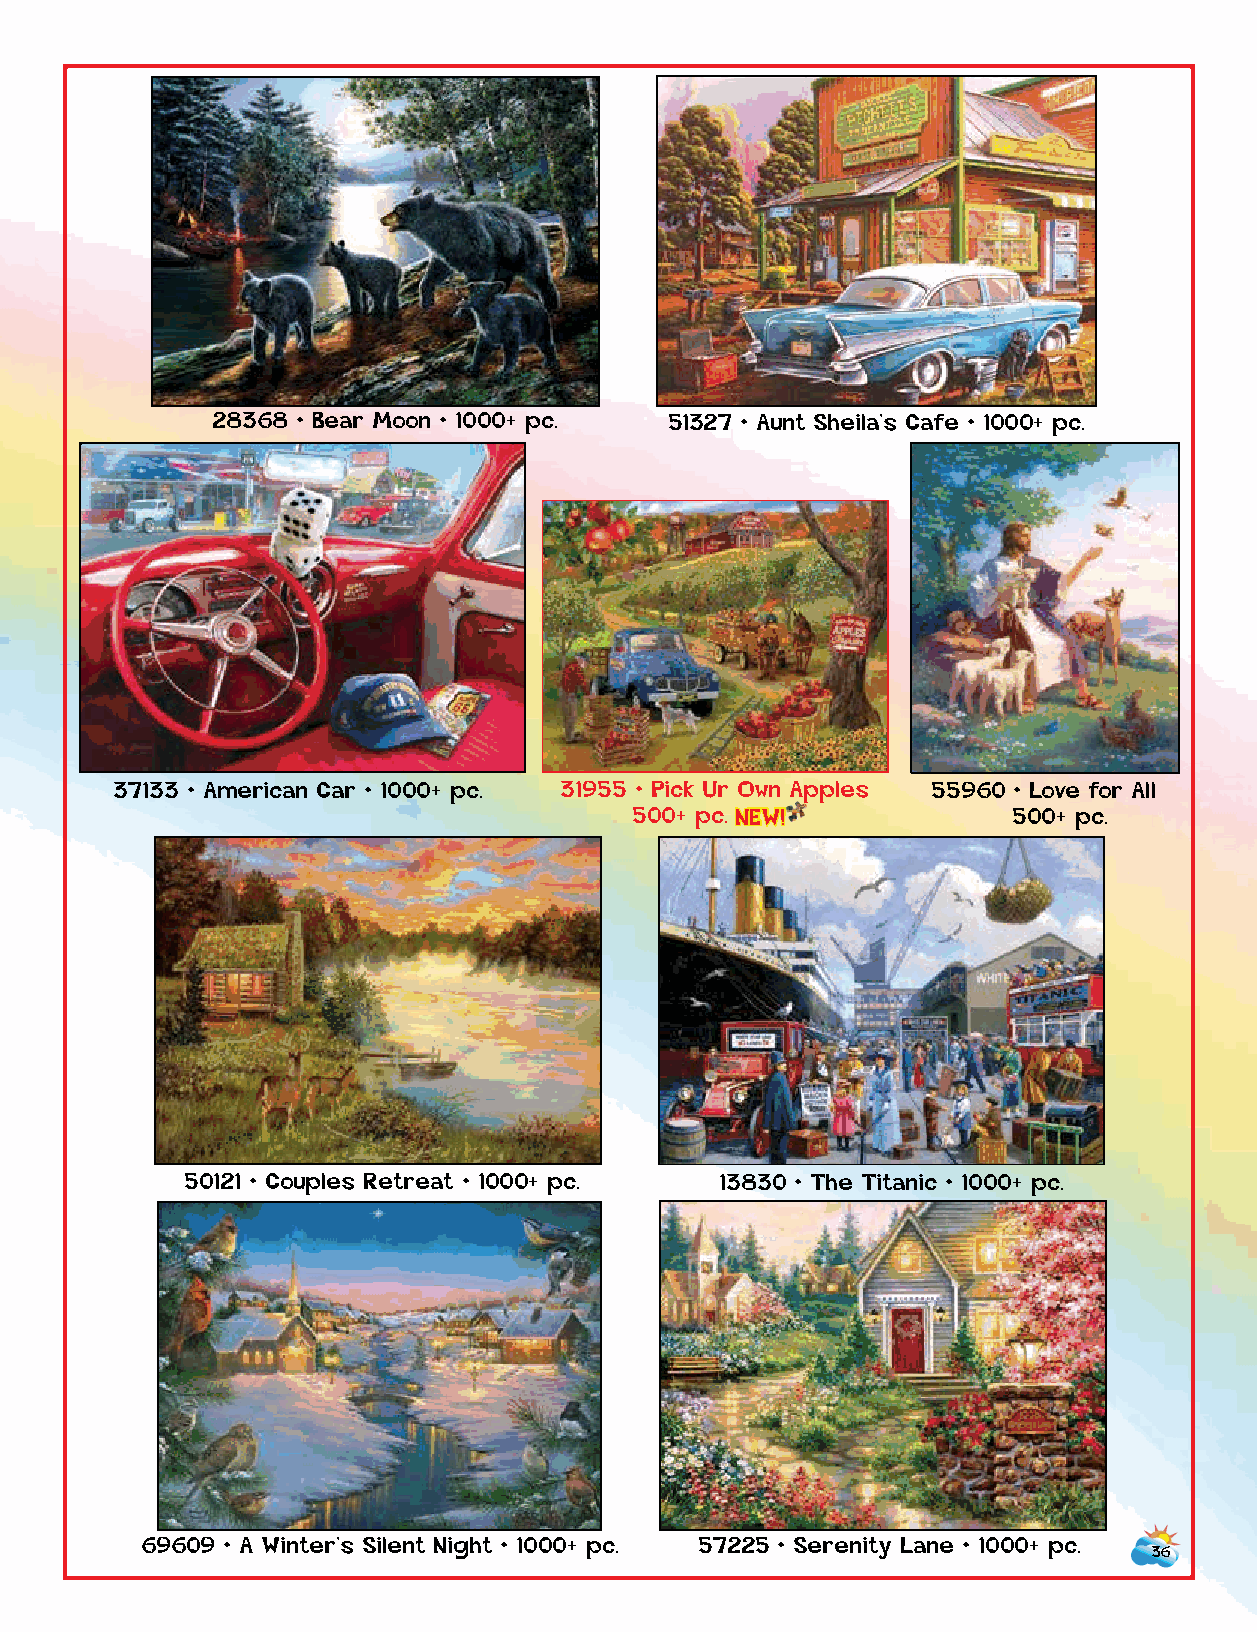
28368 • Bear Moon • 1000+ pc. 51327 • Aunt Sheila’s Cafe • 1000+ pc.
 57142 • Gobbler Farms
 1000+ pc.
 37133 • American Car • 1000+ pc. 31955 • Pick Ur Own Apples 55960 • Love for All
 500+ p c . NEW!          500+ pc.
 50121 • Couples Retreat • 1000+ pc. 13830 • The Titanic • 1000+ pc.
 69609 • A Winter’s Silent Night • 1000+ pc. 57225 • Serenity Lane • 1000+ pc.
 36